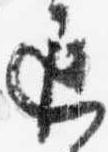
遅